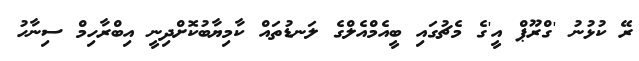
ރޭ ކުޅުނު 'ގްރޫޕް އީ'ގެ މެޗުގައި ބީއެމްއެލްގެ ލަނޑުތައް ކާމިޔާބުކޮށްދިނީ އިބްރާހިމް ސިނާހު